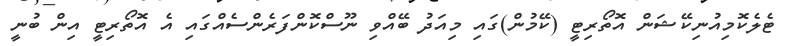
ޓެލެކޮމިއުނިކޭޝަން އޮތޯރިޓީ (ކޭމުން)ގައި މިއަދު ބޭއްވި ނޫސްކޮންފަރެންސެއްގައި އެ އޮތޯރިޓީ އިން ބުނީ